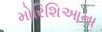
મોરિશિઆના